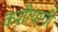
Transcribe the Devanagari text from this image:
कशीयाची